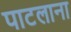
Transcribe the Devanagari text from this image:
पाटलाना